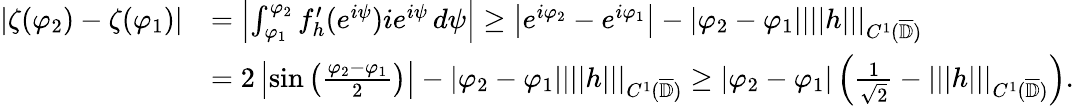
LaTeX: \begin{array}{rl}{\left|\zeta(\varphi_{2})-\zeta(\varphi_{1})\right|}&{=\left|\int_{\varphi_{1}}^{\varphi_{2}}f_{h}^{\prime}(e^{i\psi})ie^{i\psi}\, d\psi\right|\geq\left|e^{i\varphi_{2}}-e^{i\varphi_{1}}\right|-|\varphi_{2}-\varphi_{1}||||h|||_{C^{1}(\overline{{\mathbb{D}}})}}\\ &{=2\left|\sin\left(\frac{\varphi_{2}-\varphi_{1}}{2}\right)\right|-|\varphi_{2}-\varphi_{1}||||h|||_{C^{1}(\overline{{\mathbb{D}}})}\geq|\varphi_{2}-\varphi_{1}|\left(\frac{1}{\sqrt{2}}-|||h|||_{C^{1}(\overline{{\mathbb{D}}})}\right).}\end{array}